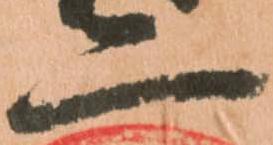
二